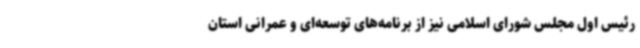
رئیس اول مجلس شورای اسلامی نیز از برنامه‌های توسعه‌ای و عمرانی استان